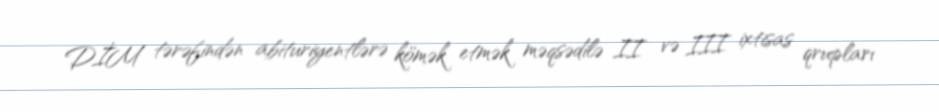
DİM tərəfindən abituriyentlərə kömək etmək məqsədilə II və III ixtisas qrupları